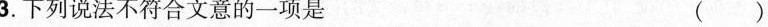
3.下列说法不符合文意的一项是